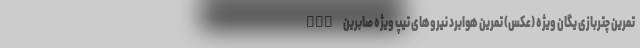
nan تمرین چتربازی یگان ویژه (عکس) تمرین هوابرد نیروهای تیپ ویژه صابرین